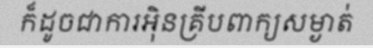
ក៏ដូចជាការអ៊ិនគ្រីបពាក្យសម្ងាត់